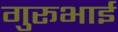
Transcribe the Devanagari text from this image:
गुरूभाई